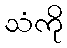
သံကို